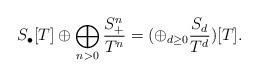
LaTeX: \begin{align*}S_\bullet[T] \oplus\bigoplus_{n>0}\frac{S_{+}^n}{T^n} = (\oplus_{d\ge 0}\frac{S_d}{T^d})[T].\end{align*}